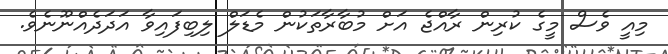
މިއީ ވެސް މީގެ ކުރިން ރާއްޖެ އަށް މުބާރާތަކުން މެޑަލް ލިބިފައިވާ އަދަދެއްނޫނެވެ.